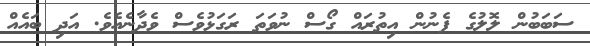
ސަބަބުން ލޮލުގެ ފެނުން އިތުރައް ގޯސް ނުވަތަ ރަގަޅުވެސް ވެދާނެއެވެ. އަދި ބައެއް